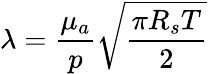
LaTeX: {\lambda}=\frac{{\mu}_{a}}{p}\sqrt{\frac{{\pi}R_{s}T}{2}}